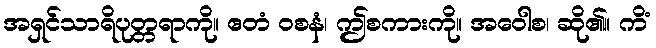
အရှင်သာရိပုတ္တရာကို။ ဧတံ ဝစနံ၊ ဤစကားကို။ အဝေါစ၊ ဆို၏။ ကိံ